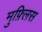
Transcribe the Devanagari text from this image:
मुफ़्लिस